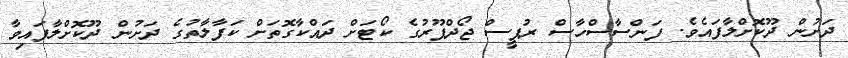
ދަށުން ދޫކޮށްލާފައެވެ. ފަންސާސްހާސް ރުޕީސް ޖޯދްޕޫރުގެ ކޯޓަށް ދައްކާގޮތަށް ކަފާލާތުގެ ދަށުން ދޫކޮށްލާފައިވާ